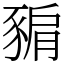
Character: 𧱚